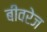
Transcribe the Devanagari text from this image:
बीवरेज